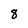
Character: 8